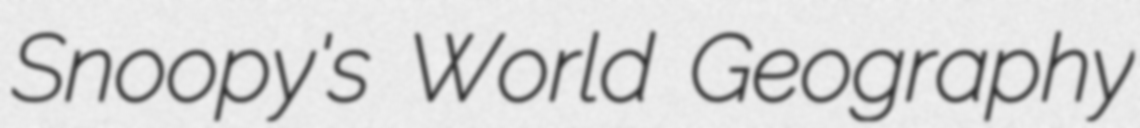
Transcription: Snoopy's World Geography